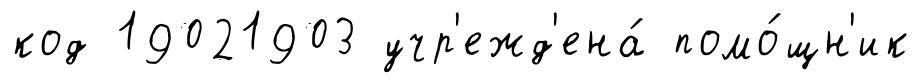
код 19021903 учр'ежд'ена́ помо́щн'ик